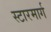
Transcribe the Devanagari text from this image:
स्टारमार्ग